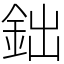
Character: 鈯